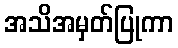
အသိအမှတ်ပြုကာ